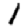
Digit: 1